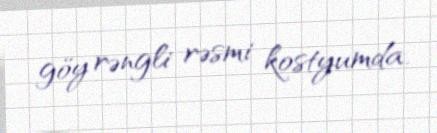
göy rəngli rəsmi kostyumda.